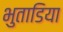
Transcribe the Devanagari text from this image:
भुताडिया